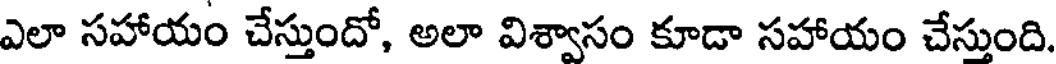
ఎలా సహాయం చేస్తుందో, అలా విశ్వాసం కూడా సహాయం చేస్తుంది.